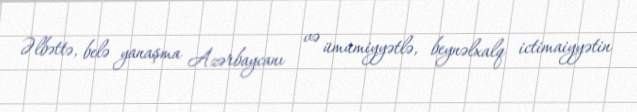
Əlbəttə, belə yanaşma Azərbaycanı və ümumiyyətlə, beynəlxalq ictimaiyyətin